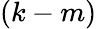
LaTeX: (k-m)